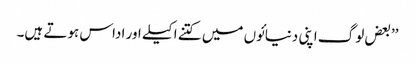
’’بعض لوگ اپنی دنیائوں میں کتنے اکیلے اور اداس ہوتے ہیں۔